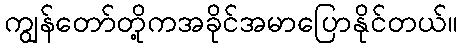
ကျွန်တော်တို့ကအခိုင်အမာပြောနိုင်တယ်။